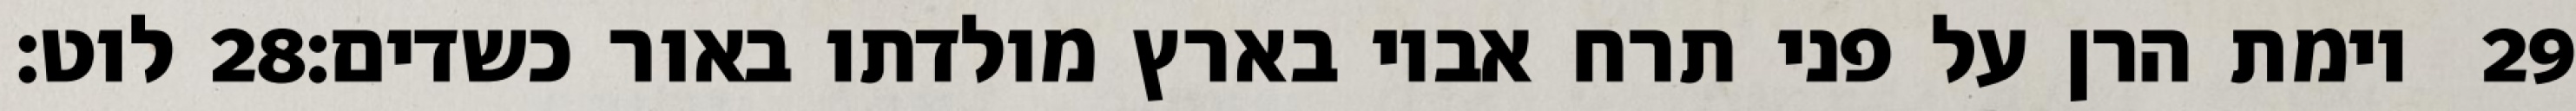
לוט׃ ‎28‏ וימת הרן על פני תרח אביו בארץ מולדתו באור כשדים׃ ‎29‏